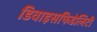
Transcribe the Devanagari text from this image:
डिवाइसफिडेलिटी